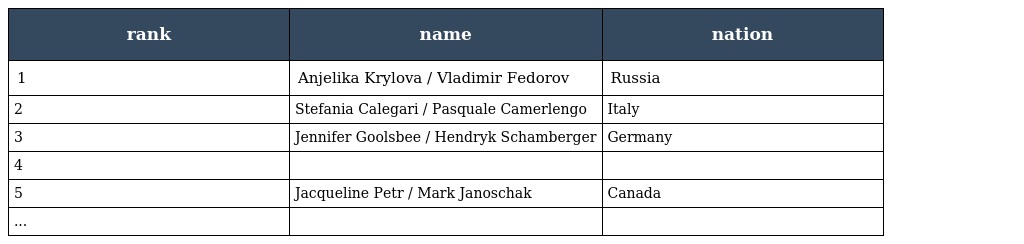
| rank | name | nation |
 | --- | --- | --- |
 | 1 | Anjelika Krylova / Vladimir Fedorov | Russia |
 | 2 | Stefania Calegari / Pasquale Camerlengo | Italy |
 | 3 | Jennifer Goolsbee / Hendryk Schamberger | Germany |
 | 4 |  |  |
 | 5 | Jacqueline Petr / Mark Janoschak | Canada |
 | ... |  |  |